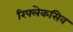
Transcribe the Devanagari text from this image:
रिफ्लेकसिव